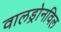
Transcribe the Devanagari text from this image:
वालड्रोनविल